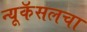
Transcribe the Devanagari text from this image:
न्यूकॅसलचा